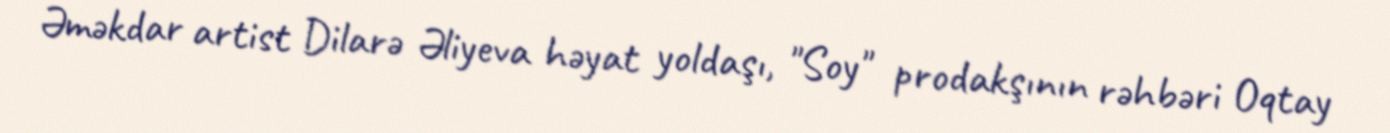
Əməkdar artist Dilarə Əliyeva həyat yoldaşı, "Soy" prodakşının rəhbəri Oqtay